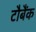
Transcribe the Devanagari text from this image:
टौबैंक